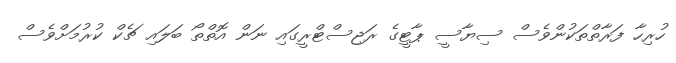
ހުރިހާ ފަރާތްތަކުންވެސް ސިޔާސީ ޕާޓީގެ ރަޖިސްޓްރީގައި ނަން އޮތްތޯ ބަލައި ޗެކް ކުރުމަށްވެސް